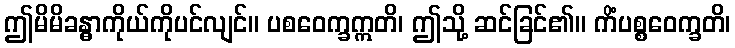
ဤမိမိခန္ဓာကိုယ်ကိုပင်လျင်။ ပစဝေက္ခဣတိ၊ ဤသို့ ဆင်ခြင်၏။ ကိံပစ္စဝေက္ခတိ၊